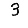
Digit: 3